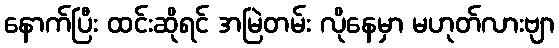
နောက်ပြီး ထင်းဆိုရင် အမြဲတမ်း လိုနေမှာ မဟုတ်လားဗျာ